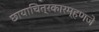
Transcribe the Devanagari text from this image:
छायाचित्रकारम्हणजे